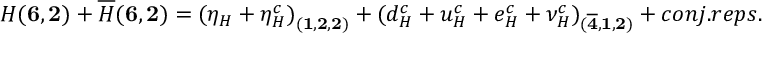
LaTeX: H ( { \bf 6 } , { \bf 2 } ) + { \overline { { H } } } ( { \bf 6 } , { \bf 2 } ) = { ( { \eta _ { H } } + { \eta _ { H } ^ { c } } ) } _ { ( { \bf 1 } , { \bf 2 } , { \bf 2 } ) } + { ( { d _ { H } ^ { c } } + { u _ { H } ^ { c } } + { e _ { H } ^ { c } } + { \nu _ { H } ^ { c } } ) } _ { ( { \bf { \overline { { 4 } } } } , { \bf 1 } , { \bf 2 } ) } + c o n j . r e p s .